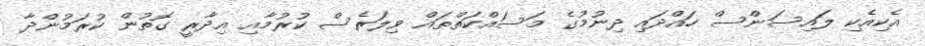
އެކިއެކި ލައިސަންސް ހައްދައި ދިނުމުގެ މަސައްކަތްތައް ވިލަރެސް ކުރުމާއި އިދާރީ ގޮތުން ކުރަމުންދާ